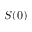
S ( 0 )